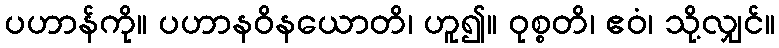
ပဟာန်ကို။ ပဟာနဝိနယောတိ၊ ဟူ၍။ ဝုစ္စတိ၊ ဧဝံ၊ သို့လျှင်။